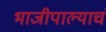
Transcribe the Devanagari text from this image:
भाजीपाल्याचं